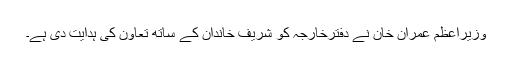
وزیراعظم عمران خان نے دفترخارجہ کو شریف خاندان کے ساتھ تعاون کی ہدایت دی ہے۔